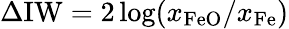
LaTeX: \Delta\mathrm{IW}=2\log(x_{\mathrm{FeO}}/x_{\mathrm{Fe}})